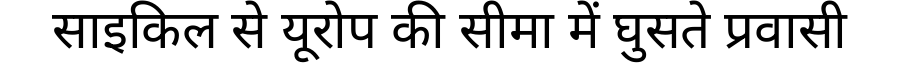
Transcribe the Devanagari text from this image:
साइकिल से यूरोप की सीमा में घुसते प्रवासी